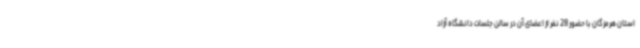
استان هرمزگان با حضور 28 نفر از اعضای آن در سالن جلسات دانشگاه آزاد